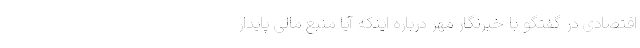
اقتصادی در گفتگو با خبرنگار مهر درباره اینکه آیا منبع مالی پایدار